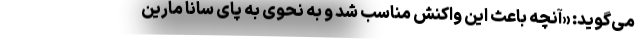
می‌گوید: «آنچه باعث این واکنش مناسب شد و به نحوی به پای سانا مارین